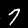
Label: 7